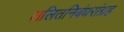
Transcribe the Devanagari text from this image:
ललितनिबंधसंग्रह